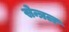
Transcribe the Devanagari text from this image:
सेन्त्रल